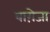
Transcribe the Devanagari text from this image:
वाग़ेजा